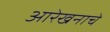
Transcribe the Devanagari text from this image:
आरेखनाचे